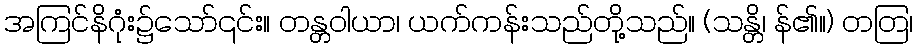
အကြင်နိဂုံး၌သော်၎င်း။ တန္တဝါယာ၊ ယက်ကန်းသည်တို့သည်။ (သန္တိ၊ န်၏။) တတြ၊